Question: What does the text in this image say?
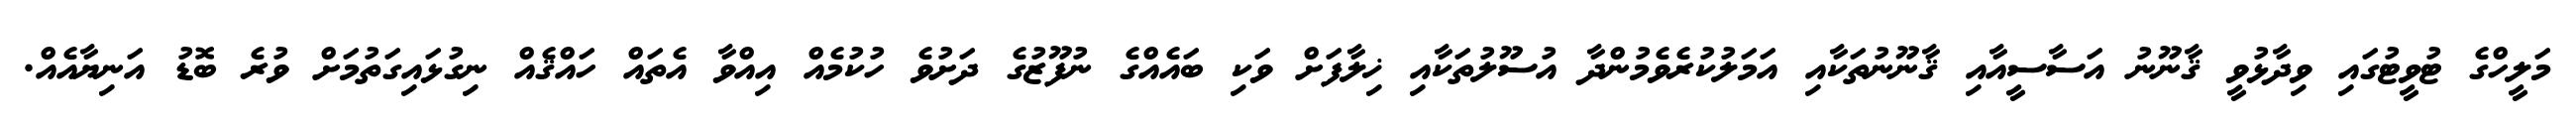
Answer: މަލީހްގެ ޓުވީޓުގައި ވިދާޅުވީ ޤާނޫނު އަސާސީއާއި ޤާނޫނުތަކާއި އަމަލުކުރެވެމުންދާ އުސޫލުތަކާއި ޚިލާފަށް ވަކި ބައެއްގެ ނުފޫޒުގެ ދަށުވެ ހުކުމެއް އިއްވާ އެތައް ހައްޤެއް ނިގުޅައިގަތުމަށް ވުރެ ބޮޑު އަނިޔާއެއް.